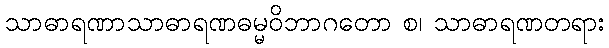
သာဓာရဏာသာဓာရဏဓမ္မဝိဘာဂတော စ၊ သာဓာရဏတရား